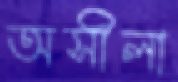
অসীলা